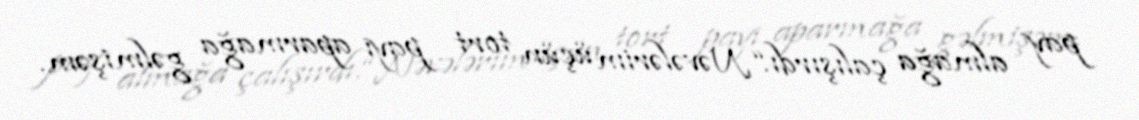
pay almağa çalışırdı.“Nəvələrim üçün tort payı aparmağa gəlmişəm.